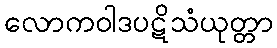
လောကဝါဒပဋိသံယုတ္တာ